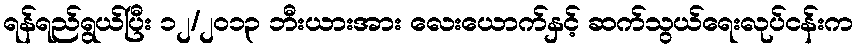
ရန်ရည်ရွယ်ပြီး ၁၂/၂၀၁၃ ဘီးယားအား လေးယောက်နှင့် ဆက်သွယ်ရေးလုပ်ငန်းက